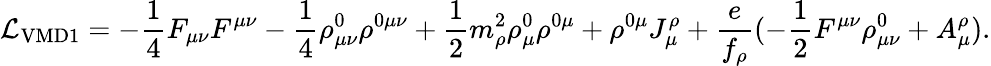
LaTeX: {\cal L}_{\mathrm{VMD1}}=-\frac{1}{4}F_{\mu\nu}F^{\mu\nu}-\frac{1}{4}\rho_{\mu\nu}^{0}\rho^{0\mu\nu}+\frac{1}{2}m_{\rho}^{2}\rho_{\mu}^{0}\rho^{0\mu}+\rho^{0\mu}J_{\mu}^{\rho}+\frac{e}{f_{\rho}}(-\frac{1}{2}F^{\mu\nu}\rho_{\mu\nu}^{0}+A_{\mu}^{\rho}).